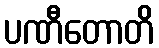
ပဏီတောတိ